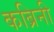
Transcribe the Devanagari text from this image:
कब्रिनी